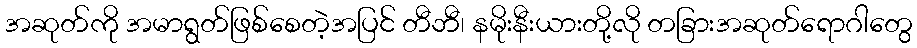
အဆုတ်ကို အမာရွတ်ဖြစ်စေတဲ့အပြင် တီဘီ၊ နမိုးနီးယားတို့လို တခြားအဆုတ်ရောဂါတွေ